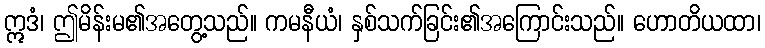
ဣဒံ၊ ဤမိန်းမ၏အတွေ့သည်။ ကမနီယံ၊ နှစ်သက်ခြင်း၏အကြောင်းသည်။ ဟောတိယထာ၊